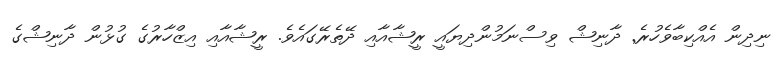
ނިދިން އެއްކިބާވެހުރެ